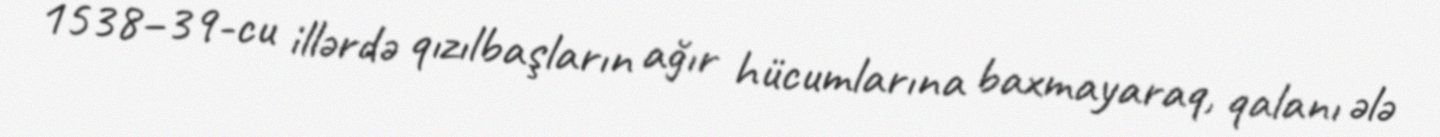
1538–39-cu illərdə qızılbaşların ağır hücumlarına baxmayaraq, qalanı ələ